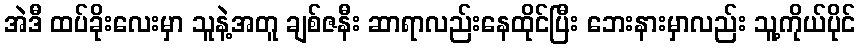
အဲဒီ ထပ်ခိုးလေးမှာ သူနဲ့အတူ ချစ်ဇနီး ဆာရာလည်းနေထိုင်ပြီး ဘေးနားမှာလည်း သူ့ကိုယ်ပိုင်